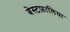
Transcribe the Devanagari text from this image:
बेस्टफ़ालिया